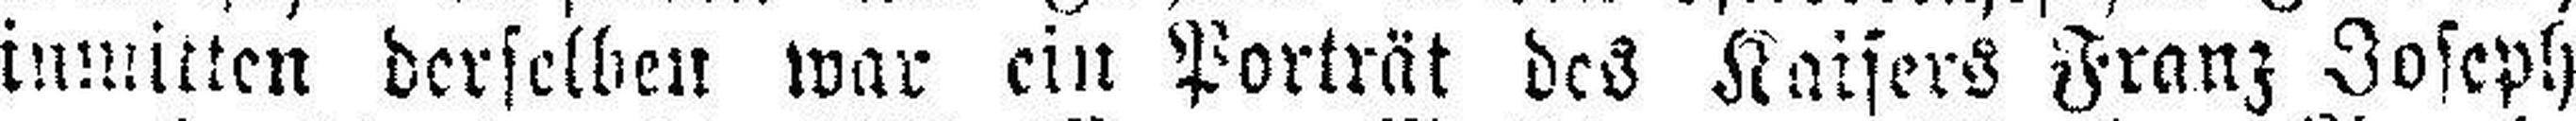
inmitten derselben war ein Porträt des Kaisers Franz Joseph